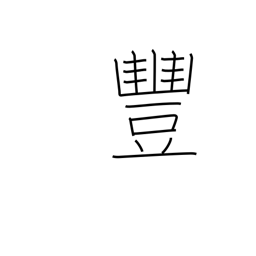
Meaning: bountiful